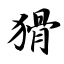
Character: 猾